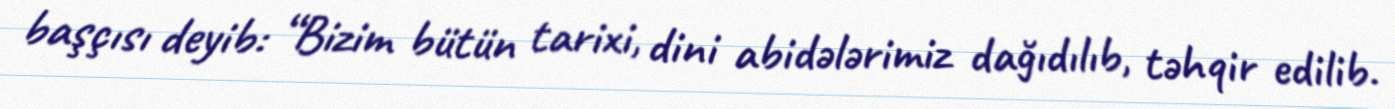
başçısı deyib: “Bizim bütün tarixi, dini abidələrimiz dağıdılıb, təhqir edilib.